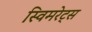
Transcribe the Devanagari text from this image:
स्विमरेट्स